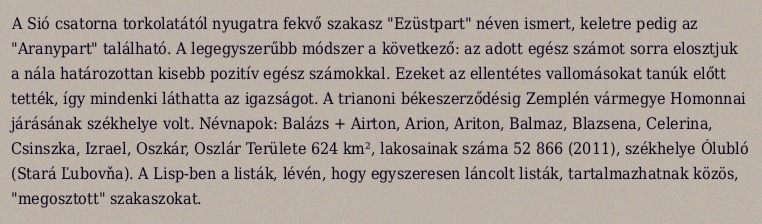
A Sió csatorna torkolatától nyugatra fekvő szakasz "Ezüstpart" néven ismert, keletre pedig az "Aranypart" található. A legegyszerűbb módszer a következő: az adott egész számot sorra elosztjuk a nála határozottan kisebb pozitív egész számokkal. Ezeket az ellentétes vallomásokat tanúk előtt tették, így mindenki láthatta az igazságot. A trianoni békeszerződésig Zemplén vármegye Homonnai járásának székhelye volt. Névnapok: Balázs + Airton, Arion, Ariton, Balmaz, Blazsena, Celerina, Csinszka, Izrael, Oszkár, Oszlár Területe 624 km², lakosainak száma 52 866 (2011), székhelye Ólubló (Stará Ľubovňa). A Lisp-ben a listák, lévén, hogy egyszeresen láncolt listák, tartalmazhatnak közös, "megosztott" szakaszokat.